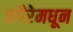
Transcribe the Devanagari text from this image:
वगैरेमधून